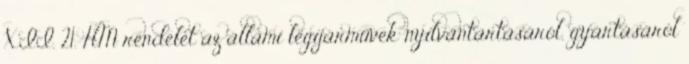
XII. 21. HM rendelet az állami légijárművek nyilvántartásáról, gyártásáról